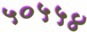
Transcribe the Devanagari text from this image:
५०५५४